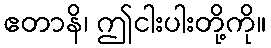
ဧတာနိ၊ ဤငါးပါးတို့ကို။